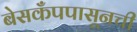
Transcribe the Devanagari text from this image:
बेसकँपपासूनची